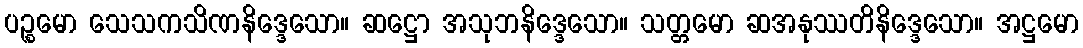
ပဉ္စမော သေသကသိဏနိဒ္ဒေသော။ ဆဋ္ဌော အသုဘနိဒ္ဒေသော။ သတ္တမော ဆအနုဿတိနိဒ္ဒေသော။ အဋ္ဌမော